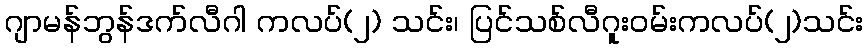
ဂျာမန်ဘွန်ဒက်လီဂါ ကလပ်(၂) သင်း၊ ပြင်သစ်လီဂူးဝမ်းကလပ်(၂)သင်း